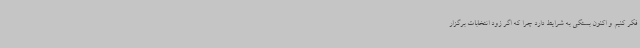
فکر کنیم و اکنون بستگی به شرایط دارد چرا که اگر زود انتخابات برگزار